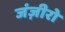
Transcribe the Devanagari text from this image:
जंज़ीरो